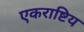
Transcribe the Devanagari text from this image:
एकराष्टिय